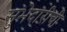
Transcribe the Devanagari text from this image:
सुभेदारीची